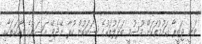
ވަނީ ޖަޒީރާ ގައުމުތަކަށް މޫސުމީ ބަދަލުތަކުގެ ސަބަބުން ކުރާ ނޭދެވޭ އަސަރުގެ ވާހަކަތަކާއި